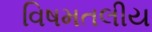
વિષમતલીય